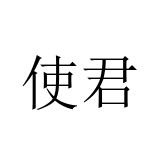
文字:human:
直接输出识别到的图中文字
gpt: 使君